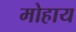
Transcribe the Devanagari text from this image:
मोहाय